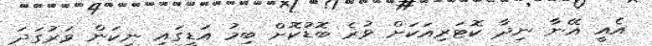
އެއީ އޭނާ ނިދާ ކޮޓަރިއަކަށް ވުރެ ބޮޑުކޮށް ބިމު އަޑީގައި ނިކަން ވަރުގަދަ